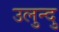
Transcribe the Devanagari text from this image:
उलुन्दु